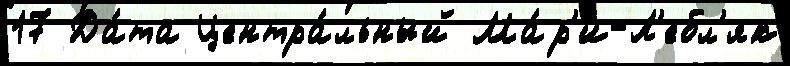
17 Да́та Центра́льный Ма́р'и-Л'ебл'як